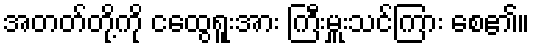
အတတ်တို့ကို ငထွေရူးအား ကြီးမှူးသင်ကြား စေ၏။